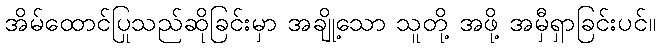
အိမ်ထောင်ပြုသည်ဆိုခြင်းမှာ အချို့သော သူတို့ အဖို့ အမှီရှာခြင်းပင်။